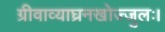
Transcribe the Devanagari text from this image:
ग्रीवाव्याघ्रनखोज्जुलः।